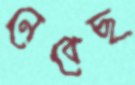
নেবেছ